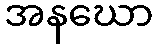
အနဃော